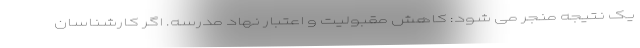
یک نتیجه منجر می شود: کاهش مقبولیت و اعتبار نهاد مدرسه. اگر کارشناسان